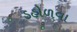
ડહોળવા